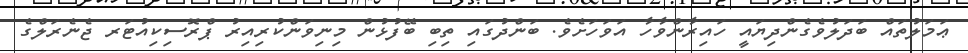
ޢަމަލުތައް ބަދަލުވެގެންދިޔައީ ހައިރާންވާހާ އަވަހަށެވެ. ބަންދުގައި ތިބި ބޭފުޅުން މިނިވަންކުރިއިރު ޕްރޮސިކިއުޓަރ ޖެނެރަލްގެ